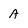
Character: a